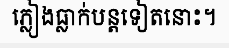
ភ្លៀងធ្លាក់បន្តទៀតនោះ។